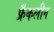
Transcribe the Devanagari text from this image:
फ्रँकलीन